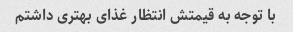
با توجه به قیمتش انتظار غذای بهتری داشتم